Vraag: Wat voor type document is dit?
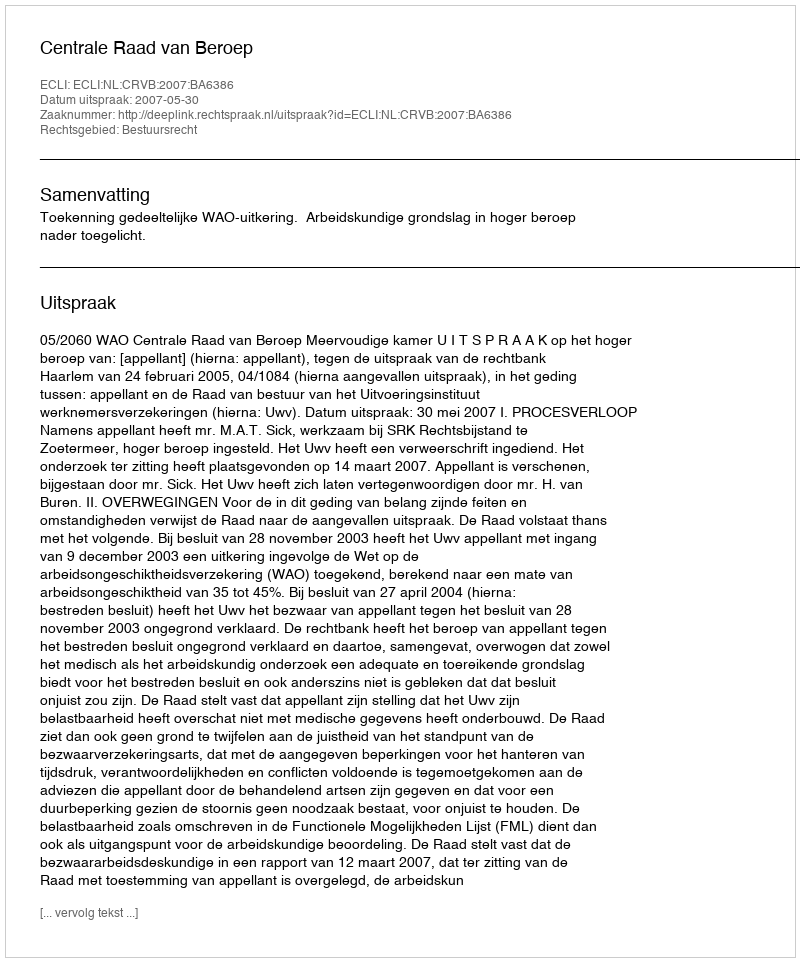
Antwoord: Uitspraak